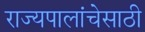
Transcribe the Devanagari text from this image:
राज्यपालांचेसाठी